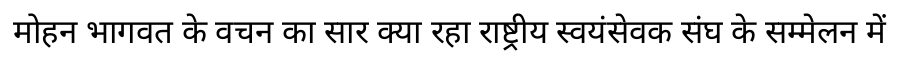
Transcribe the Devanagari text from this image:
मोहन भागवत के वचन का सार क्या रहा राष्ट्रीय स्वयंसेवक संघ के सम्मेलन में